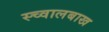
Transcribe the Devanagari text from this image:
स्च्वालबाख